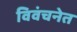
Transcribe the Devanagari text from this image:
विवंचनेत